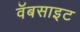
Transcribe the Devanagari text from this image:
वॅबसाइट